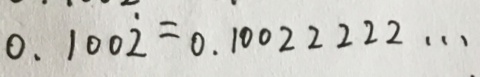
0 . 1 0 0 \dot { 2 } = 0 . 1 0 0 2 2 2 2 2 \cdots